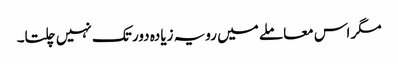
مگر اس معاملے میں رویہ زیادہ دور تک نہیں چلتا۔